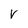
Character: V